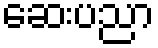
ဆေးပညာ